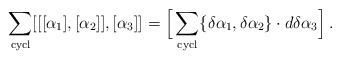
LaTeX: \begin{align*}\sum_{\mathrm{cycl}}[[[\alpha_1],[\alpha_2]],[\alpha_3]] = \Big[\sum_{\mathrm{cycl}} \{\delta\alpha_1,\delta\alpha_2\}\cdot d\delta\alpha_3\Big]\,.\end{align*}